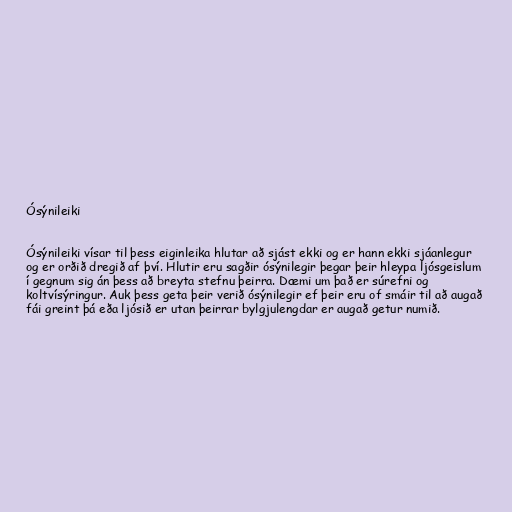
Ósýnileiki

Ósýnileiki vísar til þess eiginleika hlutar að sjást ekki og er hann ekki sjáanlegur
og er orðið dregið af því. Hlutir eru sagðir ósýnilegir þegar þeir hleypa ljósgeislum
í gegnum sig án þess að breyta stefnu þeirra. Dæmi um það er súrefni og
koltvísýringur. Auk þess geta þeir verið ósýnilegir ef þeir eru of smáir til að augað
fái greint þá eða ljósið er utan þeirrar bylgjulengdar er augað getur numið.